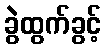
ခွဲထွက်ခွင့်